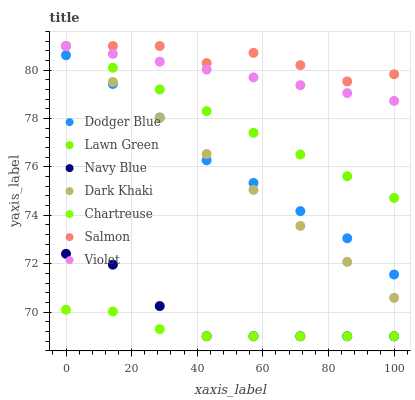
| xaxis_label | Dodger Blue | Lawn Green | Navy Blue | Dark Khaki | Chartreuse | Salmon | Violet |
 | --- | --- | --- | --- | --- | --- | --- | --- |
 | 0 | 80.6 | 81 | 72.4 | 81 | 70.1 | 81 | 81 |
 | 14.3 | 79.4 | 80.1 | 72 | 79.5 | 70 | 81 | 80.7 |
 | 28.6 | 78 | 79.2 | 70.2 | 78 | 69.3 | 81 | 80.4 |
 | 42.9 | 76.3 | 78.3 | 69 | 76.5 | 69 | 80.3 | 80 |
 | 57.1 | 75.3 | 77.4 | 69 | 75 | 69 | 80.7 | 79.7 |
 | 71.4 | 74.2 | 76.5 | 69 | 73.6 | 69 | 80.2 | 79.4 |
 | 85.7 | 73.1 | 75.6 | 69 | 72.1 | 69 | 79.5 | 79.1 |
 | 100 | 71.6 | 74.7 | 69 | 70.6 | 69 | 79.8 | 78.7 |